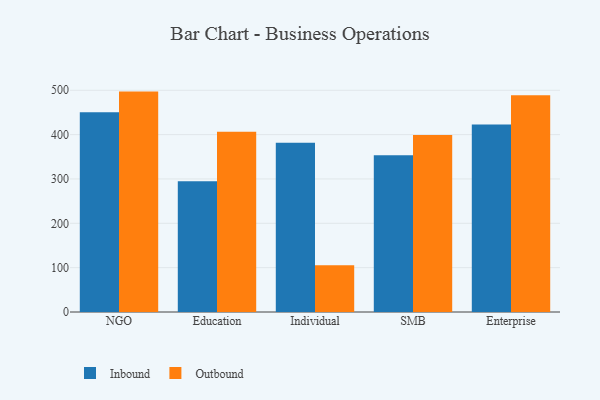
{"axis": {"x": "Segment", "y": "Bounce Rate (%)"}, "legend": ["Inbound", "Outbound"], "data": [{"x": "NGO", "y": 450.3, "type": "Inbound"}, {"x": "NGO", "y": 497.0, "type": "Outbound"}, {"x": "Education", "y": 295.0, "type": "Inbound"}, {"x": "Education", "y": 406.6, "type": "Outbound"}, {"x": "Individual", "y": 381.6, "type": "Inbound"}, {"x": "Individual", "y": 105.4, "type": "Outbound"}, {"x": "SMB", "y": 353.3, "type": "Inbound"}, {"x": "SMB", "y": 399.4, "type": "Outbound"}, {"x": "Enterprise", "y": 423.0, "type": "Inbound"}, {"x": "Enterprise", "y": 488.5, "type": "Outbound"}]}